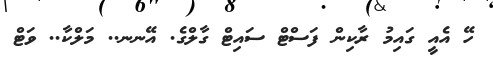
ހޭ އެއީ ގައިމު ރާކިން ފަސްޓް ސައިޓް ގާލްގެ. އޭނނ.. މަލްކާ.. ވަޓް